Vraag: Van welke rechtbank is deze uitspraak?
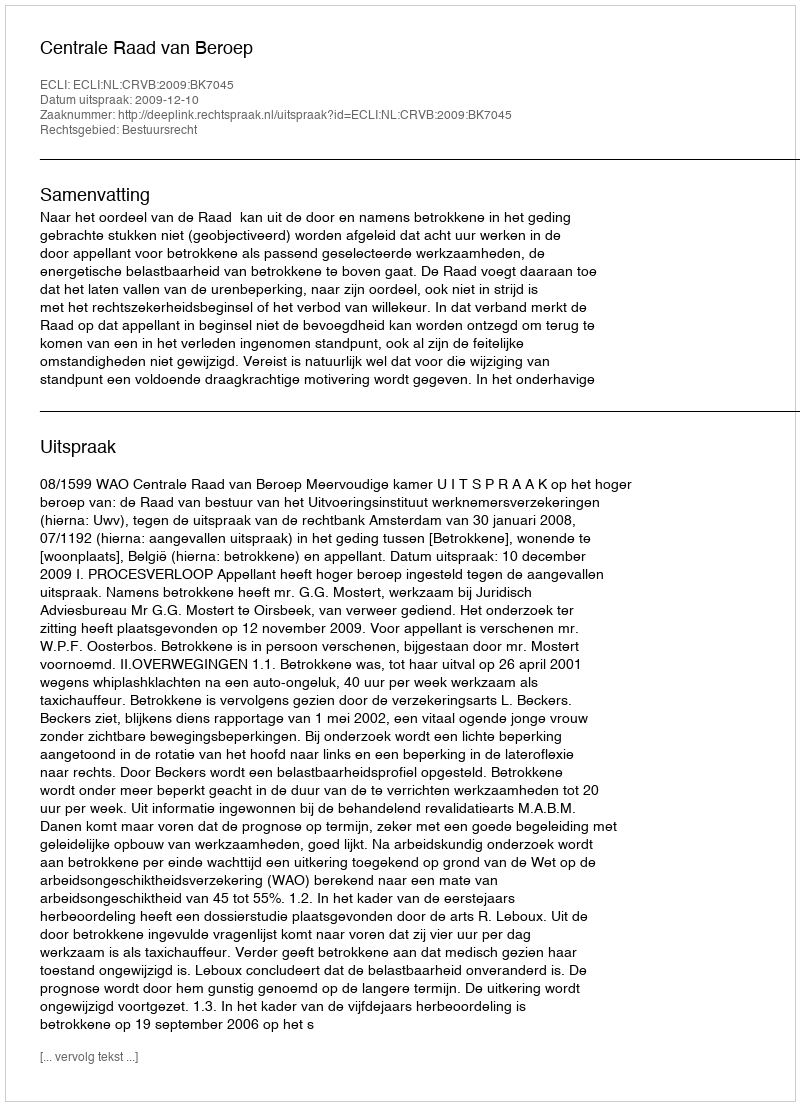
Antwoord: Centrale Raad van Beroep